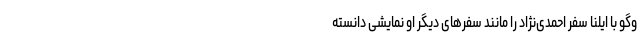
وگو با ایلنا سفر احمدی‌نژاد را مانند سفرهای دیگر او نمایشی دانسته